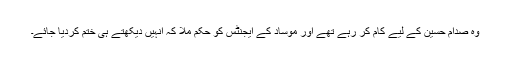
وہ صدام حسین کے لیے کام کر رہے تھے اور موساد کے ایجنٹس کو حکم ملا کہ انہیں دیکھتے ہی ختم کردیا جائے۔